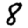
Digit: 8